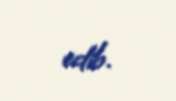
edib.